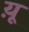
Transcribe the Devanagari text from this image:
य़ू